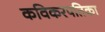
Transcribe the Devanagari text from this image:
कविकरपतिका